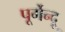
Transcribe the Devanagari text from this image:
पूर्गेन्दू